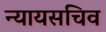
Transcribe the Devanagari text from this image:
न्यायसचिव